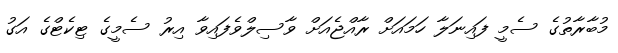
މުބާރާތުގެ ސެމީ ފައިނަލާ ހަމައަށް ރާއްޖެއަށް ވާސިލްވެފައިވާ އިރު ސެމީގެ ޓިކެޓްގެ އަގު